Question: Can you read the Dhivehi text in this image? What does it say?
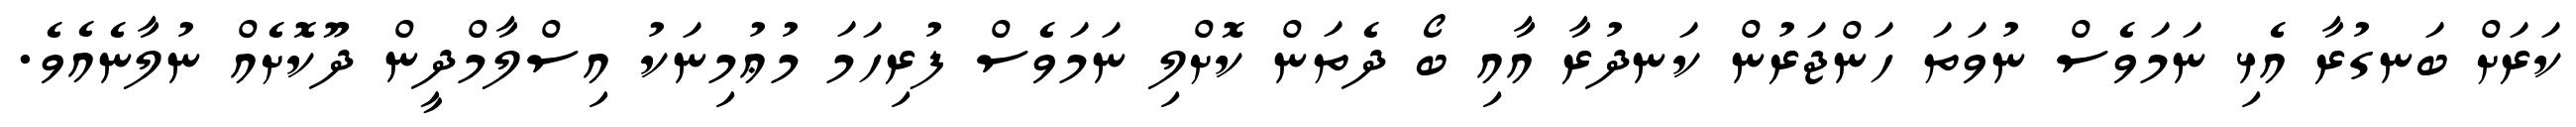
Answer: ކަރަށް ބަނގުރާ އެޅި ނަމަވެސް ނުވަތަ ހަންޖަރުން ކަނދުރާ އާއި ބޯ ދެތަން ކޮށްލި ނަމަވެސް ފުރިހަމަ މުޢުމިނަކު އިސްލާމްދީން ދޫކޮށެއް ނުލާނެއެވެ.